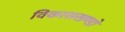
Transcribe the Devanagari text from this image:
विकासखण्डो